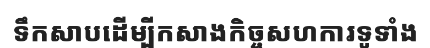
ទឹកសាបដើម្បីកសាងកិច្ចសហការទូទាំង